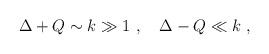
LaTeX: \begin{align*}\Delta+Q \sim k\gg 1~, ~~~ \Delta-Q \ll k ~,\end{align*}